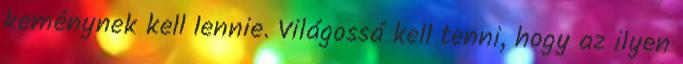
keménynek kell lennie. Világossá kell tenni, hogy az ilyen